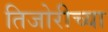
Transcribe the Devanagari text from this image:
तिजोरीच्या